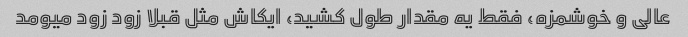
عالی و خوشمزه، فقط یه مقدار طول کشید، ایکاش مثل قبلا زود زود میومد